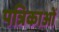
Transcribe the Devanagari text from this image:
पत्रिकाओं